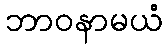
ဘာဝနာမယံ